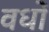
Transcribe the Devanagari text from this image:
वधों